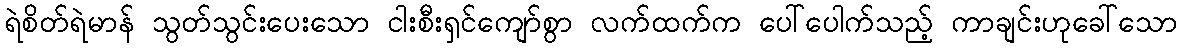
ရဲစိတ်ရဲမာန် သွတ်သွင်းပေးသော ငါးစီးရှင်ကျော်စွာ လက်ထက်က ပေါ်ပေါက်သည့် ကာချင်းဟုခေါ်သော